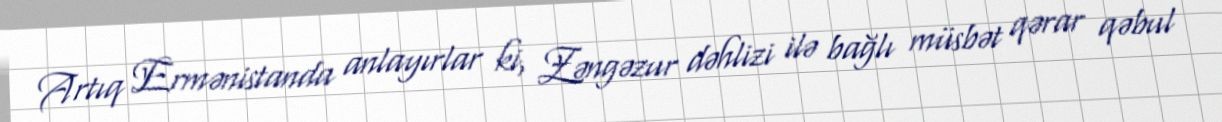
Artıq Ermənistanda anlayırlar ki, Zəngəzur dəhlizi ilə bağlı müsbət qərar qəbul